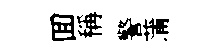
囬稱警蒲